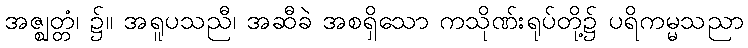
အဇ္ဈတ္တံ၊ ၌။ အရူပသညီ၊ အဆီခဲ အစရှိသော ကသိုဏ်းရုပ်တို့၌ ပရိကမ္မသညာ